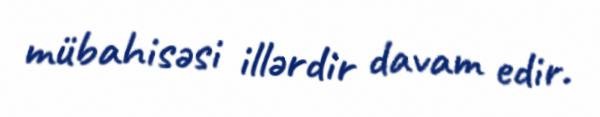
mübahisəsi illərdir davam edir.